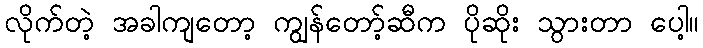
လိုက်တဲ့ အခါကျတော့ ကျွန်တော့်ဆီက ပိုဆိုး သွားတာ ပေါ့။